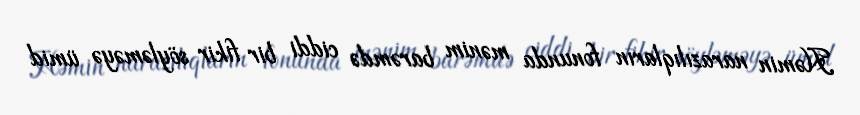
Həmin narazılıqların fonunda mənim barəmdə ciddi bir fikir söyləməyə ümid